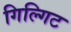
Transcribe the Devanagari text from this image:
गिल्गिट